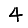
Digit: 4